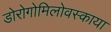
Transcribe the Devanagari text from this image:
डोरोगोमिलोवस्काया